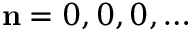
\mathbf { n } = 0 , 0 , 0 , \ldots